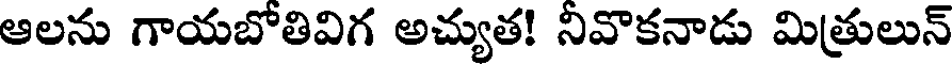
ఆలను గాయబోతివిగ అచ్యుత! నివొకనాడు మిత్రులున్